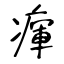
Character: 瘒